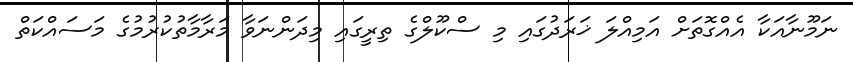
ނަމޫނާއަކާ އެއްގޮތަށް އަމިއްލަ ޚަރަދުގައި މި ސްކޫލްގެ ތިރީގައި މިދަންނަވާ މަރާމާތުކުރުމުގެ މަސައްކަތް